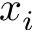
x _ { i }